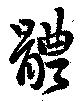
體